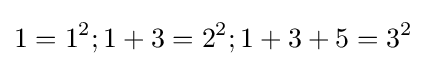
1=1^{2};1+3=2^{2};1+3+5=3^{2}